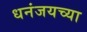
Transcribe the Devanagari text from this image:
धनंजयच्या